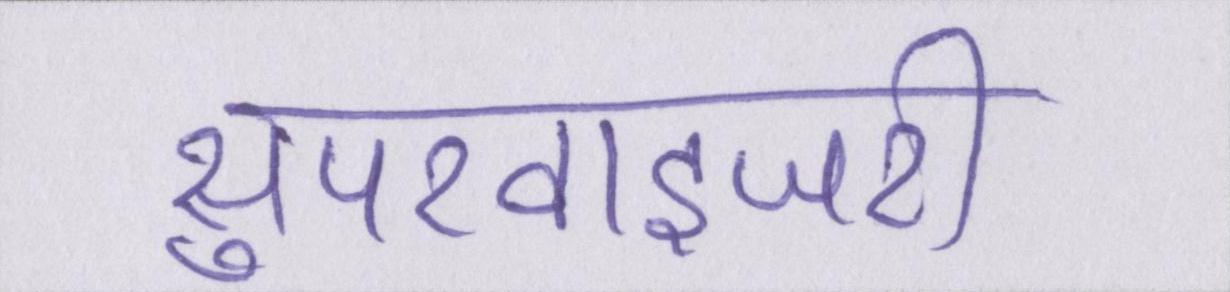
सुपरवाइजरी